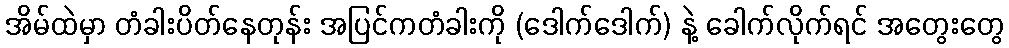
အိမ်ထဲမှာ တံခါးပိတ်နေတုန်း အပြင်ကတံခါးကို (ဒေါက်ဒေါက်) နဲ့ ခေါက်လိုက်ရင် အတွေးတွေ